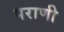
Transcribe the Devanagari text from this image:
पराणी